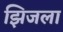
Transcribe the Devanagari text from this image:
झिजला